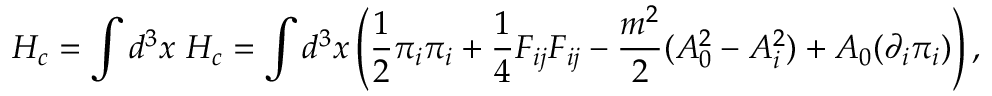
H _ { c } = { \displaystyle \int d ^ { 3 } x ~ { \cal H } _ { c } } = { \displaystyle \int d ^ { 3 } x \left( \frac { 1 } { 2 } { \pi _ { i } } { \pi _ { i } } + { \frac { 1 } { 4 } } F _ { i j } F _ { i j } - \frac { m ^ { 2 } } { 2 } ( A _ { 0 } ^ { 2 } - A _ { i } ^ { 2 } ) + A _ { 0 } ( { \partial _ { i } } \pi _ { i } ) \right) , }